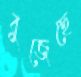
বুজেছে